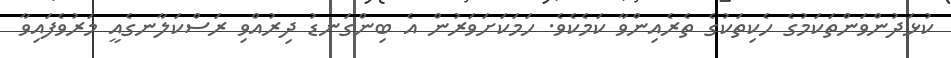
ކުޅަދުންވަންތަކަމުގެ ހެކިތަކުގެ ތެރެއިންވާ ކަމެކެވެ. ހަމަކަށަވަރުން އެ ބިންގަނޑު ދިރުއްވި ރަސްކަލާނގެއީ މަރުވެފައިވާ